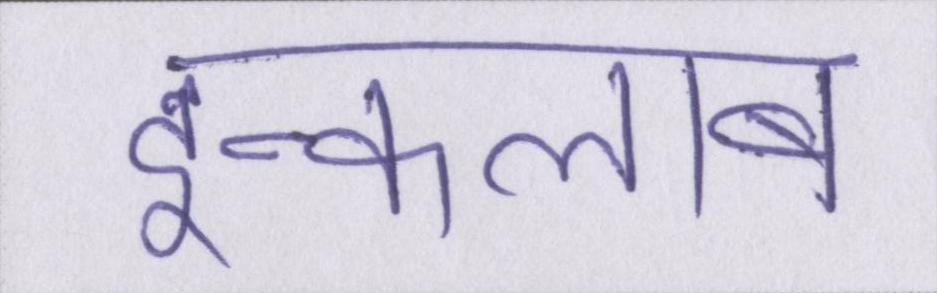
इन्कलाब